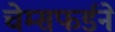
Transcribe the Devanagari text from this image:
चेम्सफर्डने